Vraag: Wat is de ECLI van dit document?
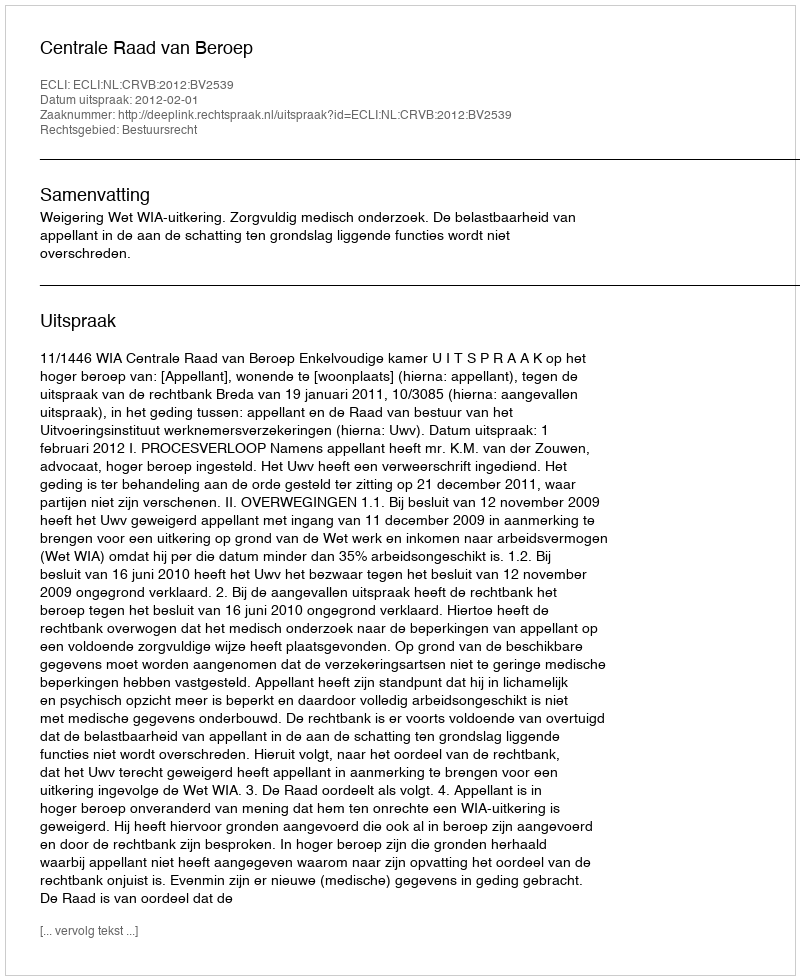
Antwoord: ECLI:NL:CRVB:2012:BV2539